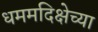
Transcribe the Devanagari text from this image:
धममदिक्षेच्या